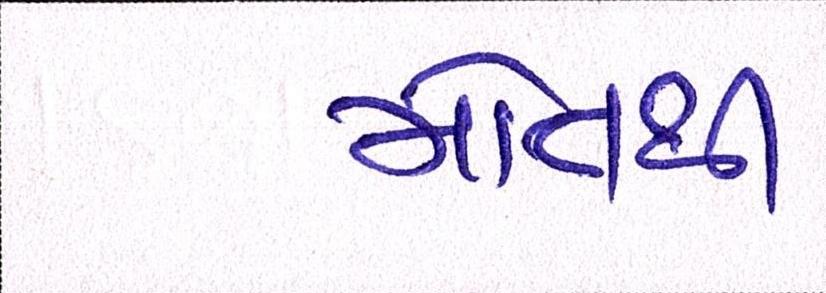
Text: મોતથી